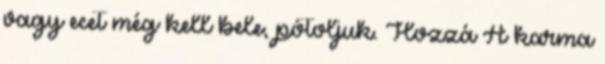
vagy ecet még kell bele, pótoljuk. Hozzá A karma